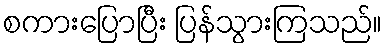
စကားပြောပြီး ပြန်သွားကြသည်။